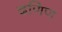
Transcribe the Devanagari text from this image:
दणिण